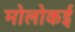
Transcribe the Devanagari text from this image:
मोलोकई